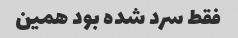
فقط سرد شده بود همین